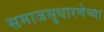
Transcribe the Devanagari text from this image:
समाजसुधारणेच्या